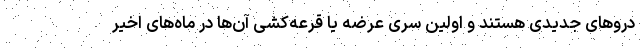
دروهای جدیدی هستند و اولین سری عرضه یا قرعه‌کشی آن‌ها در ماه‌های اخیر